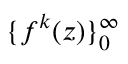
\{ f ^ { k } ( z ) \} _ { 0 } ^ { \infty }